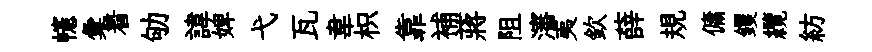
幰彙着劬諱婢弋瓦韋枳靠補蔣阻瀋夷欽薛規傭钁纜紡